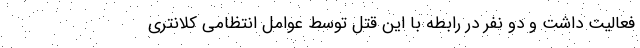
فعالیت داشت و دو نفر در رابطه با این قتل توسط عوامل انتظامی کلانتری